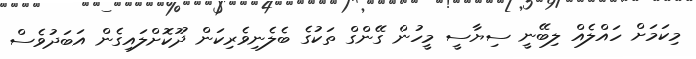
މިކަމަށް ހައްލެެއް ލިބޭނީ ސިޔާސީ މީހުން ގޭންގް ތަކުގެ ބެލެނިވެރިކަން ދޫކޮށްލައިގެން އަބަދުވެސް